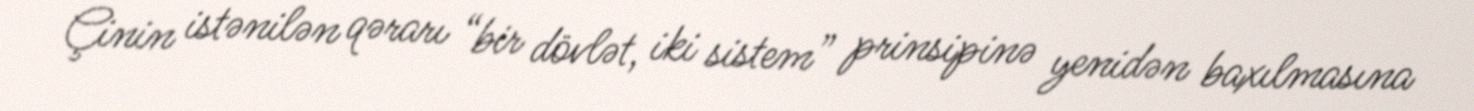
Çinin istənilən qərarı “bir dövlət, iki sistem” prinsipinə yenidən baxılmasına